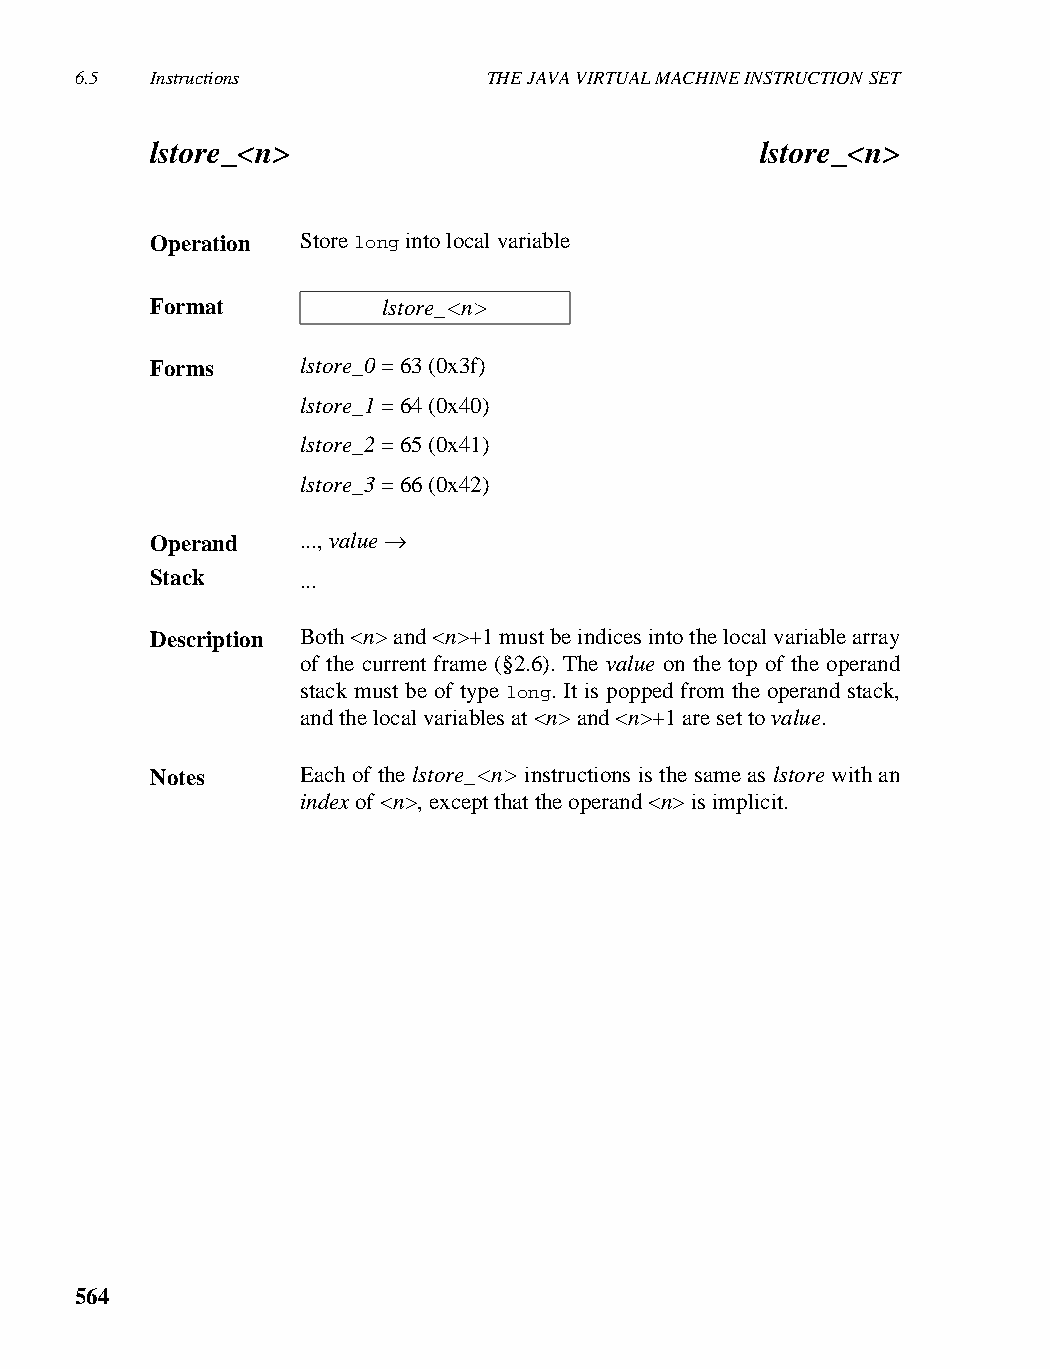
6.5  Instructions          THE JAVA VIRTUAL MACHINE INSTRUCTION SET
 lstore_<n>                              lstore_<n>
 Operation Store long into local variable
 Format         lstore_<n>
 Forms     lstore_0 = 63 (0x3f)
 lstore_1 = 64 (0x40)
 lstore_2 = 65 (0x41)
 lstore_3 = 66 (0x42)
 Operand   ..., value →
 Stack     ...
 Description Both <n> and <n>+1 must be indices into the local variable array
 of the current frame (§2.6). The value on the top of the operand
 stack must be of type long. It is popped from the operand stack,
 and the local variables at <n> and <n>+1 are set to value.
 Notes     Each of the lstore_<n> instructions is the same as lstore with an
 index of <n>, except that the operand <n> is implicit.
 564